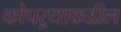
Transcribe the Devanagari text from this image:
कोपऱ्याकडील